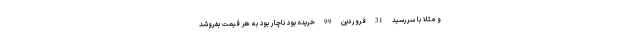
و مثلا با سررسید 31 فروردین 99 خریده بود ناچار بود به هر قیمت بفروشد